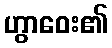
ဟွာဝေး၏